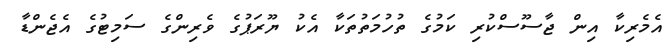
އެމެރިކާ އިން ޖާސޫސްކުރި ކަމުގެ ތުހުމަތުތަކާ އެކު ޔޫރަޕުގެ ވެރިންގެ ސަމިޓުގެ އެޖެންޑާ